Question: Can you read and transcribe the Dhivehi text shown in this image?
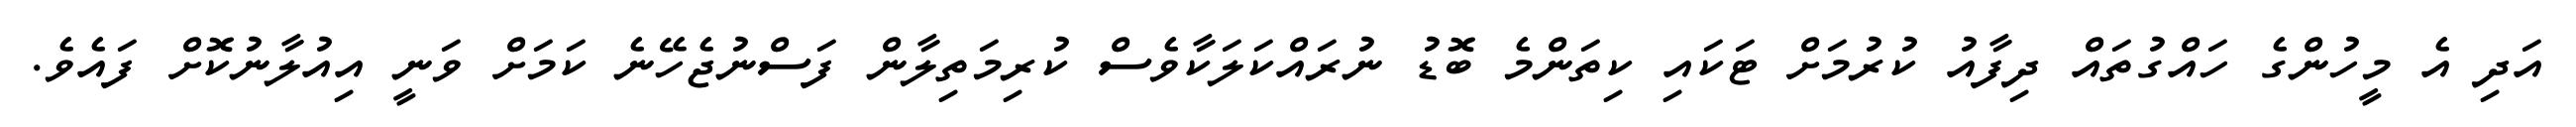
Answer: އަދި އެ މީހުންގެ ހައްގުތައް ދިފާއު ކުރުމަށް ޓަކައި ކިތަންމެ ބޮޑު ނުރައްކަލަކާވެސް ކުރިމަތިލާން ފަސްނުޖެހޭނެ ކަމަށް ވަނީ އިއުލާނުކޮށް ފައެވެ.